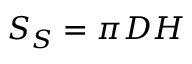
S _ { S } = \pi D H